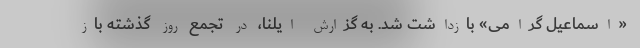
«اسماعیل گرامی» بازداشت شد. به گزارش ایلنا، در تجمع روز گذشته باز